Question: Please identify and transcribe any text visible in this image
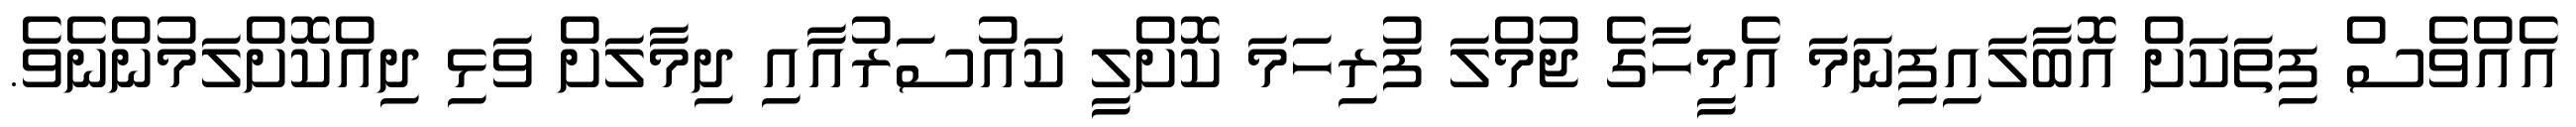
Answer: އެއްވެސް ފިތަކަށް އޮބާލައިފިނަމަ އެމީހާގެ ޖުމްލަ ފުރިހަމަ ކޮށްލީ ކައުސަރުއާއި ދިމާލަށް ވަޅި ދިއްކޮށްލަމުންނެވެ.